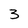
Character: 3